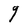
Character: g